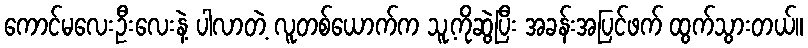
ကောင်မလေးဦးလေးနဲ့ ပါလာတဲ့ လူတစ်ယောက်က သူ့ကိုဆွဲပြီး အခန်းအပြင်ဖက် ထွက်သွားတယ်။